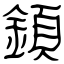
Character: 顉